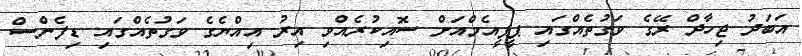
އަބަދު ޖިހާދް ރޭގެ ވަގުތެއްގައި ޕީޕީއެމްއަށް ސޮއިކުރެއްވި އިރު އިއްޔެގެ ވަގުތެއްގައި ޑިފެންސް